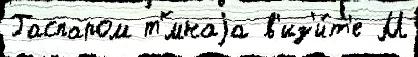
Гаспаром т'́мнаjа в'из'и́т'е М